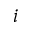
i